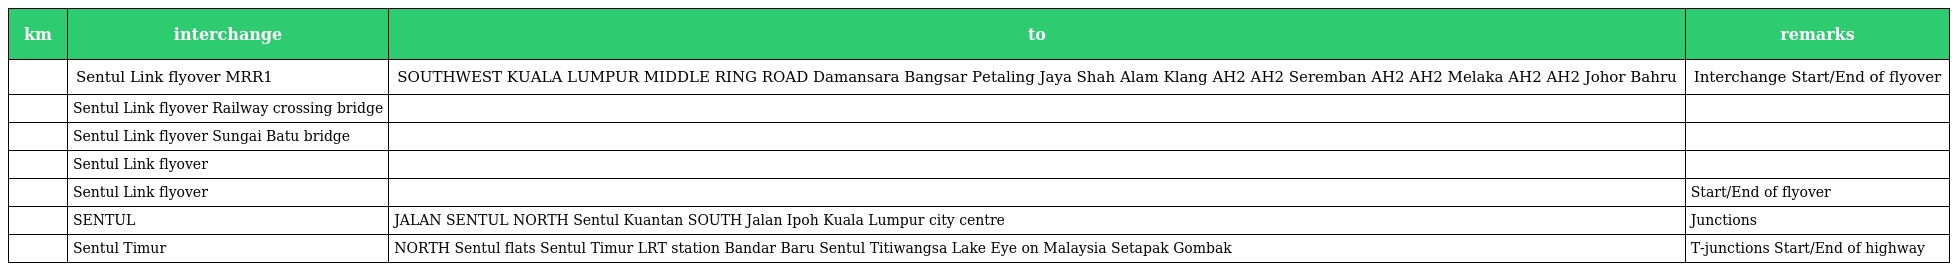
| km | interchange | to | remarks |
 | --- | --- | --- | --- |
 |  | Sentul Link flyover MRR1 | SOUTHWEST KUALA LUMPUR MIDDLE RING ROAD Damansara Bangsar Petaling Jaya Shah Alam Klang AH2 AH2 Seremban AH2 AH2 Melaka AH2 AH2 Johor Bahru | Interchange Start/End of flyover |
 |  | Sentul Link flyover Railway crossing bridge |  |  |
 |  | Sentul Link flyover Sungai Batu bridge |  |  |
 |  | Sentul Link flyover |  |  |
 |  | Sentul Link flyover |  | Start/End of flyover |
 |  | SENTUL | JALAN SENTUL NORTH Sentul Kuantan SOUTH Jalan Ipoh Kuala Lumpur city centre | Junctions |
 |  | Sentul Timur | NORTH Sentul flats Sentul Timur LRT station Bandar Baru Sentul Titiwangsa Lake Eye on Malaysia Setapak Gombak | T-junctions Start/End of highway |